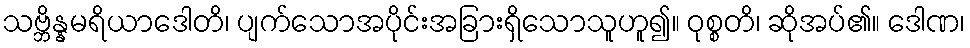
သဗ္ဘိန္နမရိယာဒေါတိ၊ ပျက်သောအပိုင်းအခြားရှိသောသူဟူ၍။ ဝုစ္စတိ၊ ဆိုအပ်၏။ ဒေါဏ၊